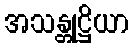
အသန္တုဋ္ဌိယာ